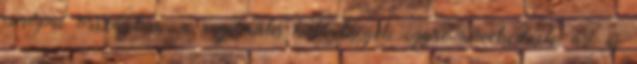
európai országban, a regionális különbségek egyre növekednek, az új